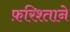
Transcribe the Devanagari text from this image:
फ़रिश्ताने